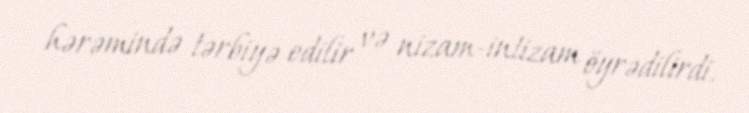
hərəmində tərbiyə edilir və nizam-intizam öyrədilirdi.